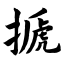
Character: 搋